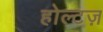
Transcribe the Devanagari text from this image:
होल्टज़